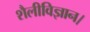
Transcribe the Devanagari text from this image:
शैलीविज्ञान।